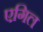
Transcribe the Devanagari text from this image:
एगिल